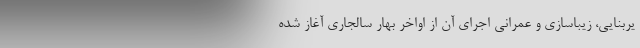
یربنایی، زیباسازی و عمرانی اجرای آن از اواخر بهار سالجاری آغاز شده